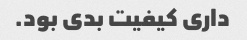
داری کیفیت بدی بود.